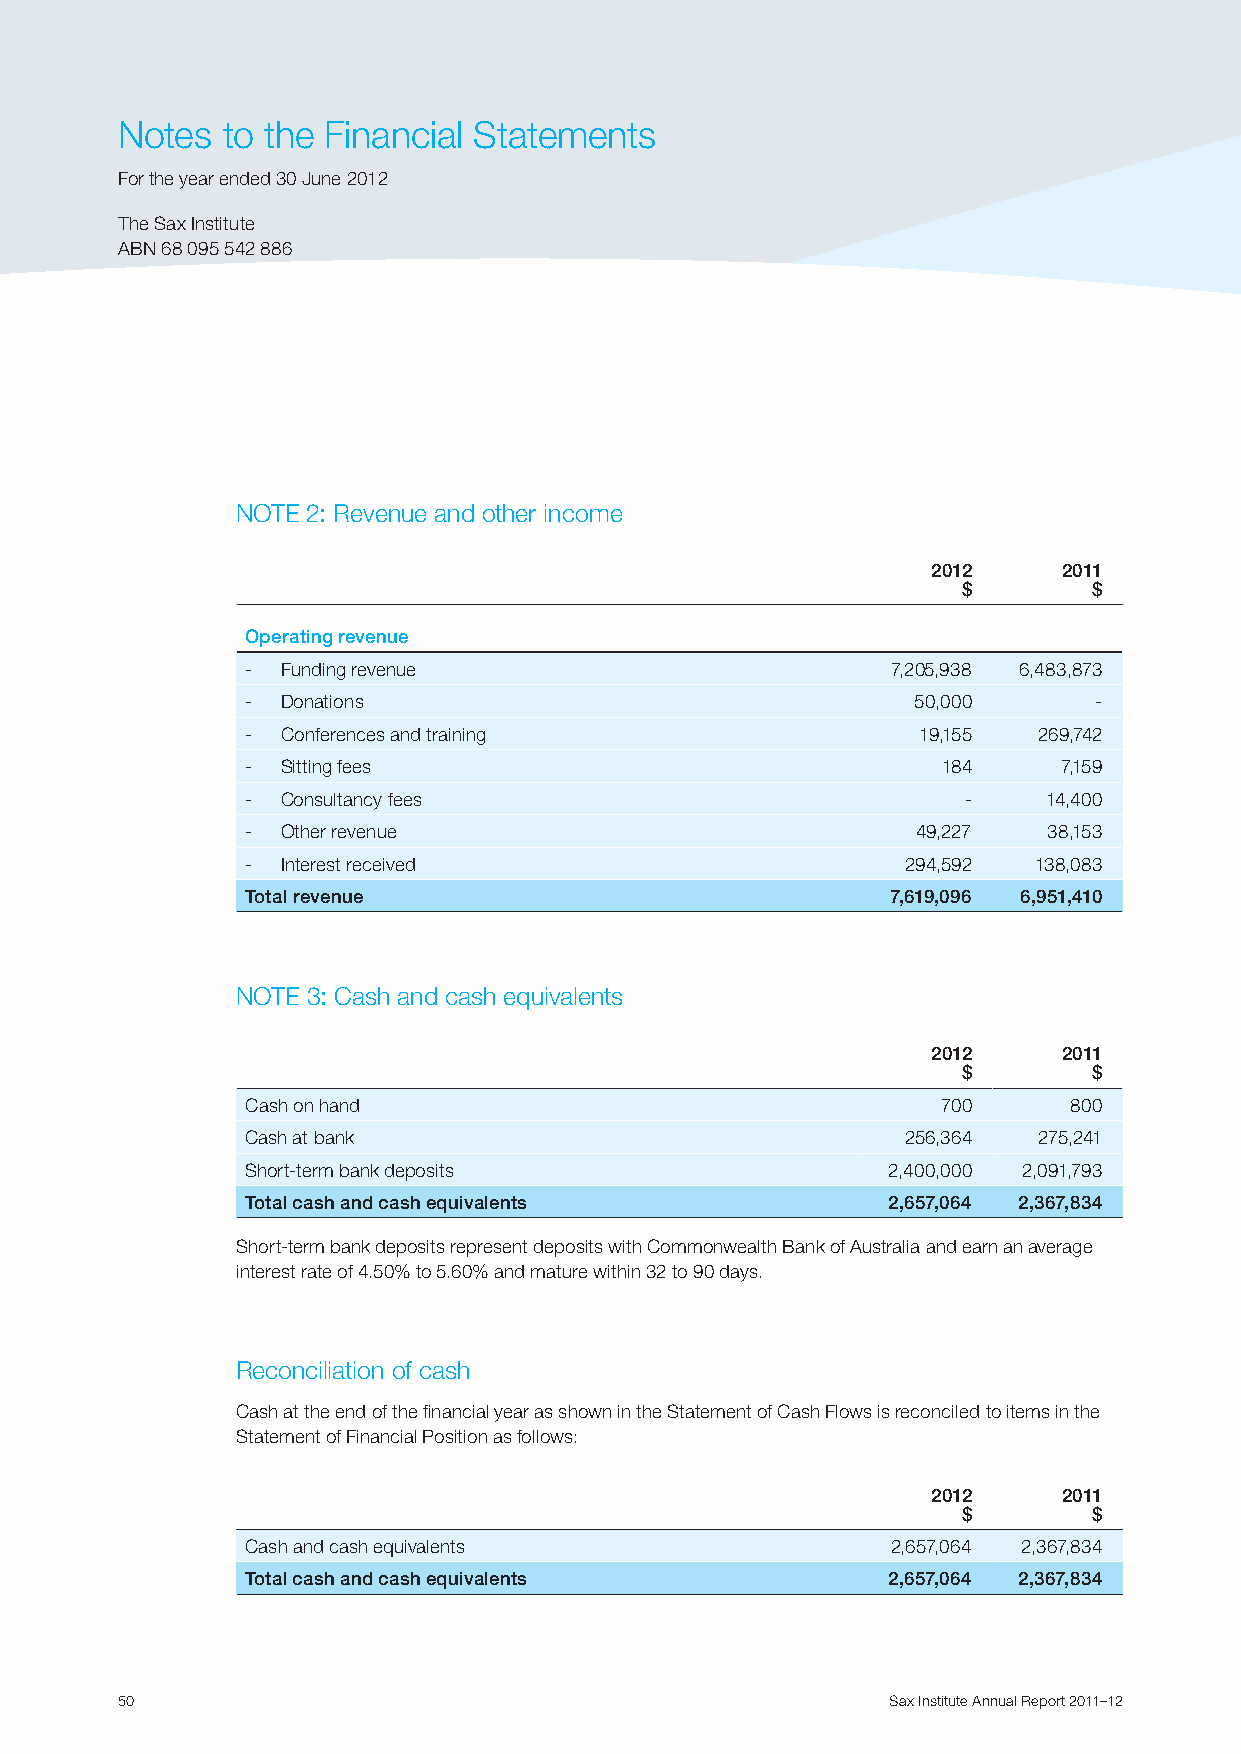
Notes  to the Financial Statements
 For the year ended 30 June 2012
 The Sax Institute
 ABN 68 095 542 886
 NOTE 2: Revenue and other income
 2012    2011
 $       $
 Operating revenue
 -  Funding revenue                         7,205,938 6,483,873
 -  Donations                                50,000      -
 -  Conferences and training                  19,155  269,742
 -  Sitting fees                               184     7,159
 -  Consultancy fees                             -    14,400
 -  Other revenue                             49,227  38,153
 -  Interest received                        294,592 138,083
 Total revenue                              7,619,096 6,951,410
 NOTE 3: Cash and cash equivalents
 2012    2011
 $       $
 Cash on hand                                  700      800
 Cash at bank                                256,364  275,241
 Short-term bank deposits                   2,400,000 2,091,793
 Total cash and cash equivalents            2,657,064 2,367,834
 Short-term bank deposits represent deposits with Commonwealth Bank of Australia and earn an average
 interest rate of 4.50% to 5.60% and mature within 32 to 90 days.
 Reconciliation of cash
 Cash at the end of the financial year as shown in the Statement of Cash Flows is reconciled to items in the
 Statement of Financial Position as follows:
 2012    2011
 $       $
 Cash and cash equivalents                  2,657,064 2,367,834
 Total cash and cash equivalents            2,657,064 2,367,834
 50                                                 Sax Institute Annual Report 2011–12